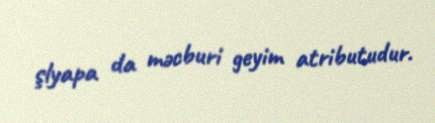
şlyapa da məcburi geyim atributudur.